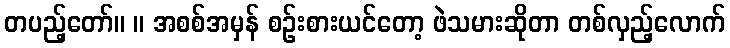
တပည့်တော်။ ။ အစစ်အမှန် စဉ်းစားယင်တော့ ဖဲသမားဆိုတာ တစ်လှည့်လောက်